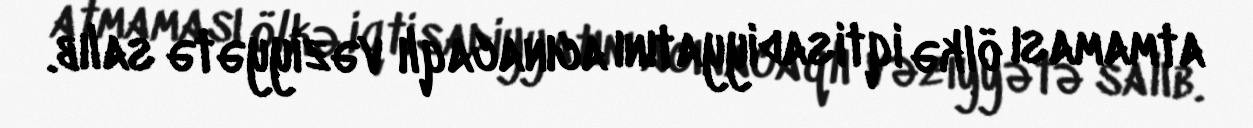
atmaması ölkə iqtisadiyyatını acınacaqlı vəziyyətə salıb.